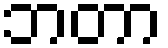
ဘတာ